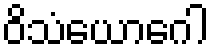
ဝိသံယောဂေါ